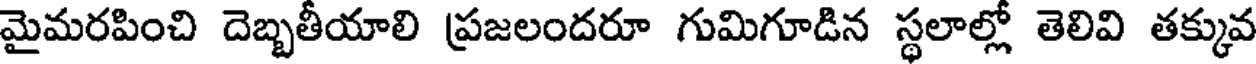
మైమరపించి దెబ్బతీయాలి ప్రజలందరూ గుమిగూడిన స్థలాల్లో తెలివి తక్కువ